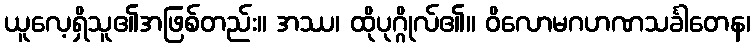
ယူလေ့ရှိသူ၏အဖြစ်တည်း။ အဿ၊ ထိုပုဂ္ဂိုလ်၏။ ဝိလောမဂဟဏသင်္ခါတေန၊